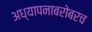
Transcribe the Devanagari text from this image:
अध्यापनाबरोबरच